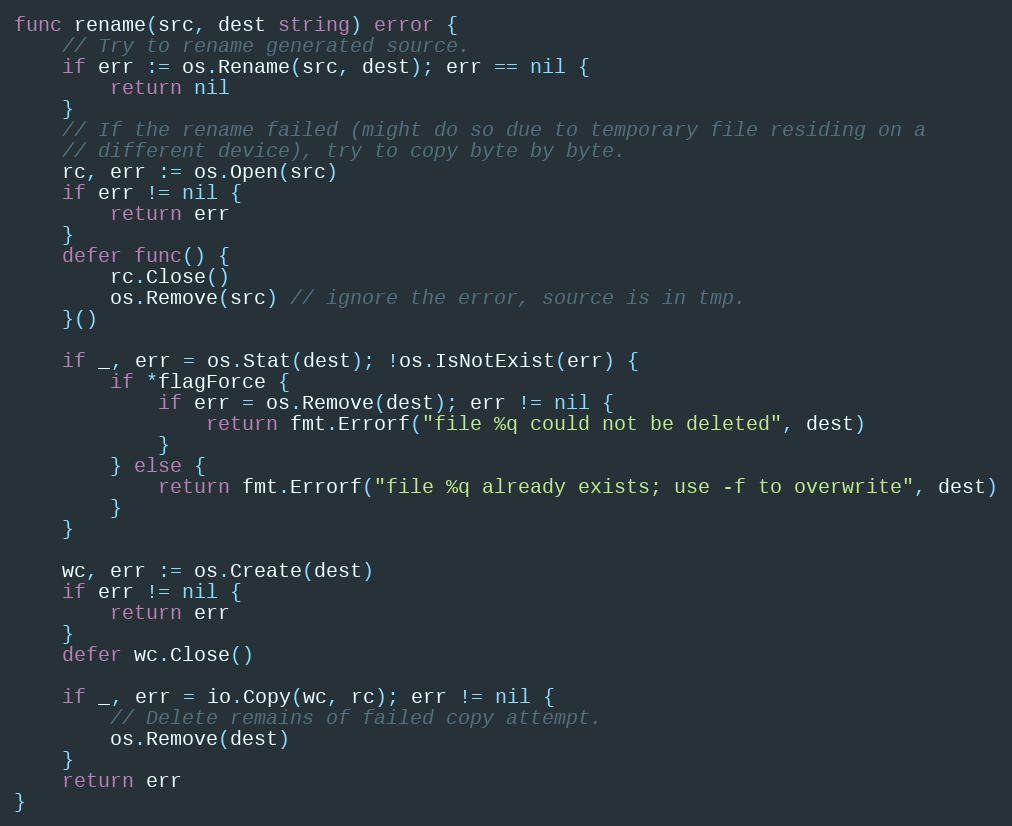
Language: Go
func rename(src, dest string) error {
	// Try to rename generated source.
	if err := os.Rename(src, dest); err == nil {
		return nil
	}
	// If the rename failed (might do so due to temporary file residing on a
	// different device), try to copy byte by byte.
	rc, err := os.Open(src)
	if err != nil {
		return err
	}
	defer func() {
		rc.Close()
		os.Remove(src) // ignore the error, source is in tmp.
	}()

	if _, err = os.Stat(dest); !os.IsNotExist(err) {
		if *flagForce {
			if err = os.Remove(dest); err != nil {
				return fmt.Errorf("file %q could not be deleted", dest)
			}
		} else {
			return fmt.Errorf("file %q already exists; use -f to overwrite", dest)
		}
	}

	wc, err := os.Create(dest)
	if err != nil {
		return err
	}
	defer wc.Close()

	if _, err = io.Copy(wc, rc); err != nil {
		// Delete remains of failed copy attempt.
		os.Remove(dest)
	}
	return err
}